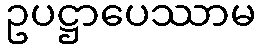
ဥပဋ္ဌာပေဿာမ